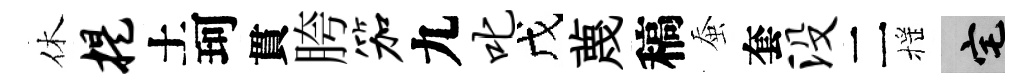
休提土珂貫胯笳九叱戊蔑稿蚕套没二摇宅